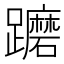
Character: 𨇢